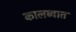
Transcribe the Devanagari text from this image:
कालव्यात